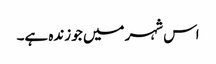
اس شہر میں جو زندہ ہے۔